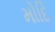
મોદિ